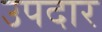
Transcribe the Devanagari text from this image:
उपदार